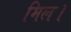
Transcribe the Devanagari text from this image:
मिल।